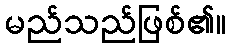
မည်သည်ဖြစ်၏။